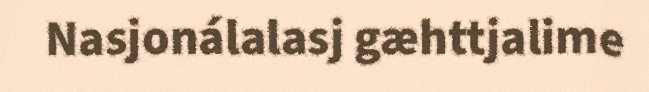
Nasjonálalasj gæhttjalime